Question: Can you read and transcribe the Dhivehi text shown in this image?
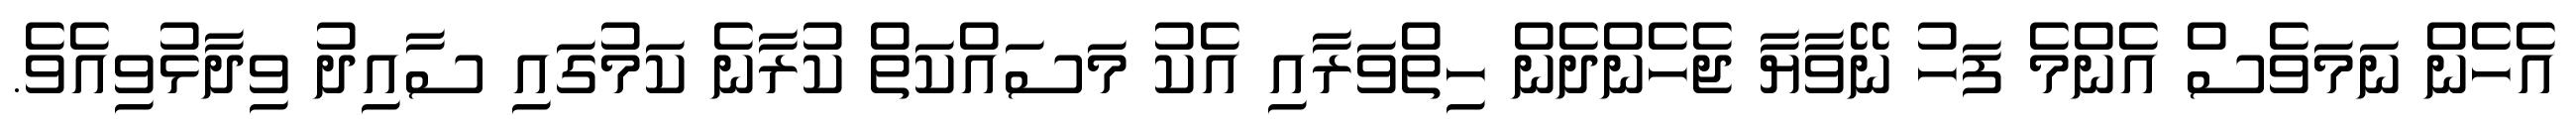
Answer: އެހެން ނަމަވެސް އެންމެ ފަހު ނޭވާޔާ ޖެހެންދެން ހިތްވަރާއި އެކު މަސައްކަތް ކުރާނެ ކަމުގައި ސާއިދު ވިދާޅުވިއެވެ.